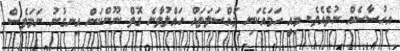
އިހުސާސެއް ނުވެއެވެ. މިއީ ހަމައެކަނި މައްސަލަތައް ހައްލުވާނެ ގޮތް ނޫންކަން އިނގުނު ނަމަވެސް